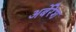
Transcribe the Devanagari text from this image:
अर्बेरेश